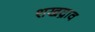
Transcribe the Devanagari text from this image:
शखद्राव